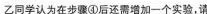
乙同学认为在步骤④后还需增加一个实验，请